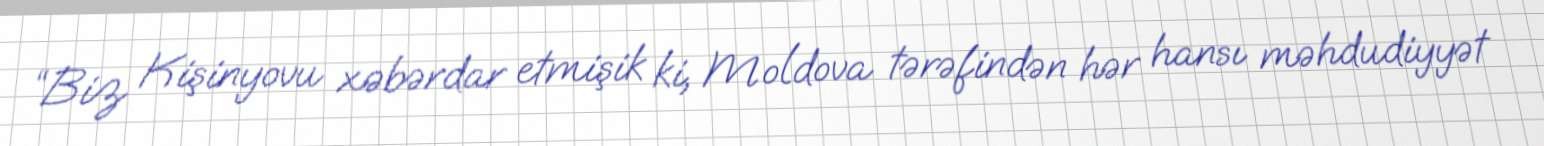
“Biz Kişinyovu xəbərdar etmişik ki, Moldova tərəfindən hər hansı məhdudiyyət